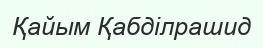
Қайым Қабділрашид